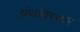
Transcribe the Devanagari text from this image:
ग्रंथविस्तार